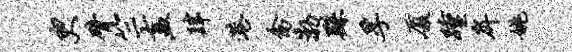
臾臂竺盍肆港禽渤繇孚厦踵戽姚